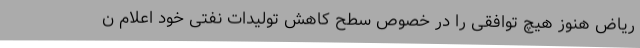
ریاض هنوز هیچ توافقی را در خصوص سطح کاهش تولیدات نفتی خود اعلام ن